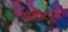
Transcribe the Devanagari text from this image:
असौल्ट्स